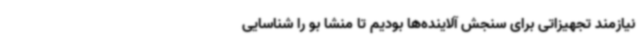
نیازمند تجهیزاتی برای سنجش آلاینده‌ها بودیم تا منشا بو را شناسایی